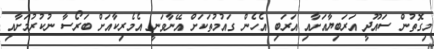
މިގޮތުން ސައޫދީ އަރަބިޔާއަށާއި އަރަބި އެހެން ގައުމުތަކަށް އޭނާވަނީ އެމެރިކާއަށް ބަރޯސާ ނުކުރުމަށާއި